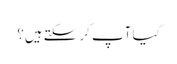
کیا آپ کر سکتے ہیں؟